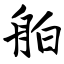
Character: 舶